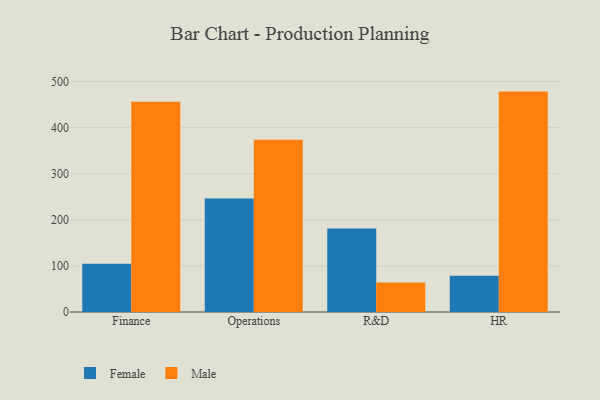
{"axis": {"x": "Department", "y": "Conversion Rate (%)"}, "legend": ["Female", "Male"], "data": [{"x": "Finance", "y": 104.6, "type": "Female"}, {"x": "Finance", "y": 455.9, "type": "Male"}, {"x": "Operations", "y": 246.3, "type": "Female"}, {"x": "Operations", "y": 373.8, "type": "Male"}, {"x": "R&D", "y": 180.9, "type": "Female"}, {"x": "R&D", "y": 64.0, "type": "Male"}, {"x": "HR", "y": 78.5, "type": "Female"}, {"x": "HR", "y": 478.0, "type": "Male"}]}